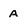
Character: a